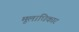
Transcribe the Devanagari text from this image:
मूलाधिकार